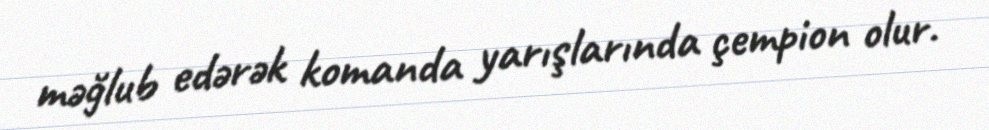
məğlub edərək komanda yarışlarında çempion olur.